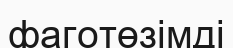
фаготөзімді